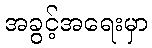
အခွင့်အရေးမှာ